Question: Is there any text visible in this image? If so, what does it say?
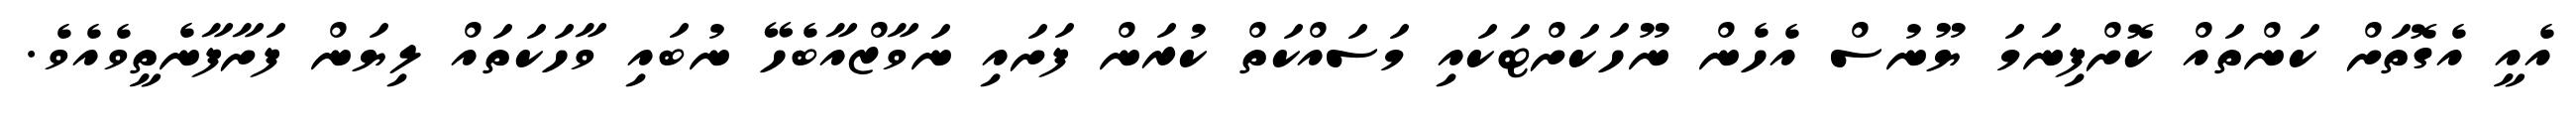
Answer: އެއީ އެގޮތަށް ކަންތައް ކޮށްފިނަމަ ޔޫނުސް އެހެން ނޫހަކަށްޓަކައި މަސައްކަތް ކުރަން ފަށައި ނަވާޒްއާބެހޭ ނުބައި ވާހަކަތައް ލިޔަން ފަށާފާނެތީވެއެވެ.